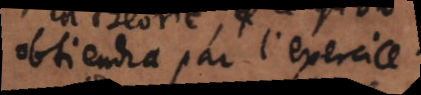
obtiendra par l’exercice.